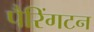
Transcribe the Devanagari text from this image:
पैरिंगटन